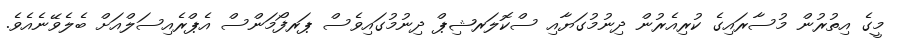
މީގެ އިތުރުން މުސާރައިގެ ކުރިއެރުން ދިނުމުގަޔާއި ސްކޮލަރޝިޕް ދިނުމުގައިވެސް ޕަރފޯމަންސް އެޕްރެއިސަލްއަށް ބެލެވޭނެއެވެ.